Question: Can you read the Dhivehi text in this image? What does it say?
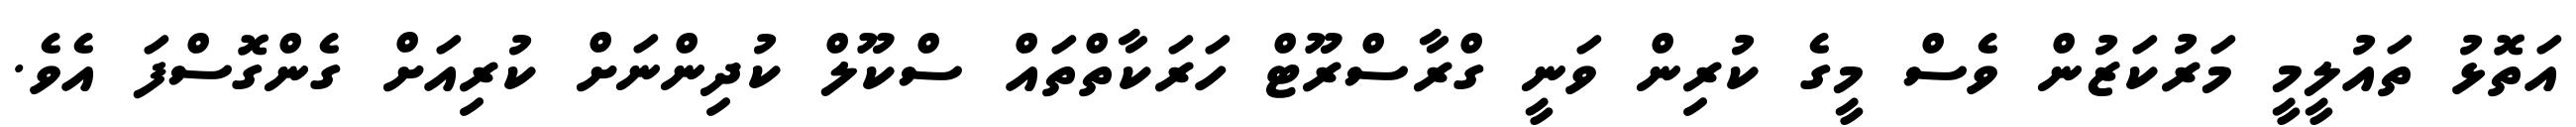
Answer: އަތޮޅު ތައުލީމީ މަރުކަޒުން ވެސް މީގެ ކުރިން ވަނީ ގްރާސްރޫޓް ހަރަކާތްތައް ސްކޫލް ކުދިންނަށް ކުރިއަށް ގެންގޮސްފަ އެވެ.